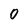
Character: 0